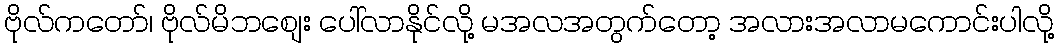
ဗိုလ်ကတော်၊ ဗိုလ်မိဘစျေး ပေါ်လာနိုင်လို့ မအလအတွက်တော့ အလားအလာမကောင်းပါလို့